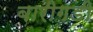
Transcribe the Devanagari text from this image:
बारीगडी